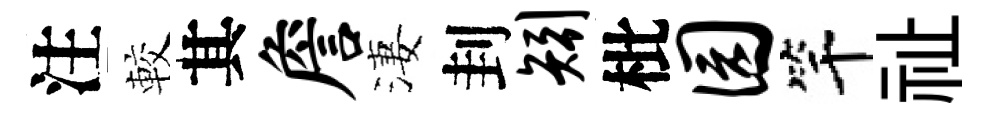
注較其詹淒刲矧枇园竿祉